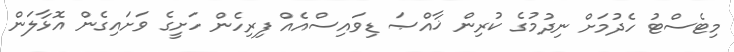
މިޓެސްޓު ހެދުމަށް ނިދުމުގެ ކުރިން ޚާއްޞަ ޑިވައިސްއެއް ފިރިހެން ހަށީގެ ވަށައިގެން އޮޅާލަން